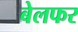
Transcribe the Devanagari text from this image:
बेलफर